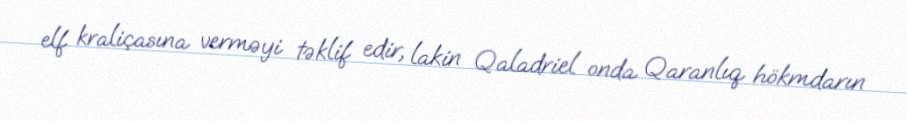
elf kraliçasına verməyi təklif edir, lakin Qaladriel onda Qaranlıq hökmdarın